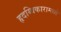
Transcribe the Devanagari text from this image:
हृदय्विकारामध्ये